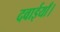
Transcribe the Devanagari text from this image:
दवाईयाँ।